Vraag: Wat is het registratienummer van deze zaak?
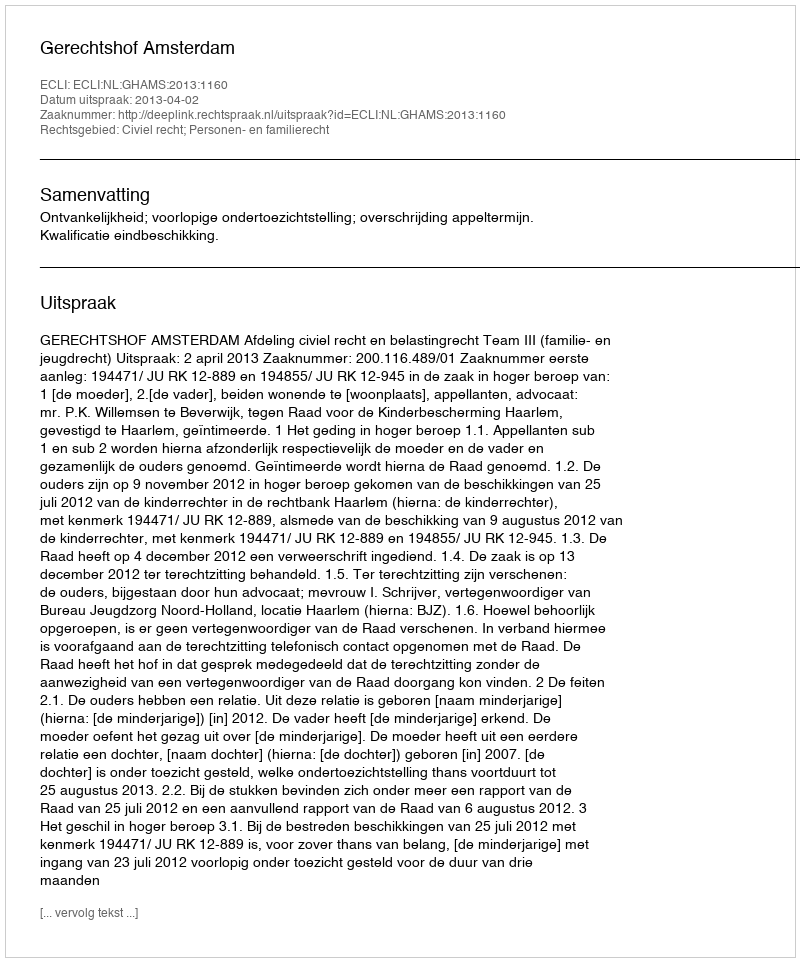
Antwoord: http://deeplink.rechtspraak.nl/uitspraak?id=ECLI:NL:GHAMS:2013:1160